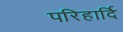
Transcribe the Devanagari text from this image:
परिहार्दि